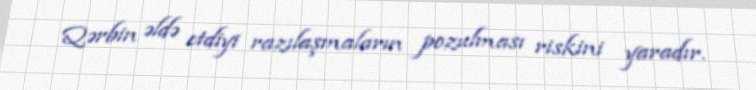
Qərbin əldə etdiyi razılaşmaların pozulması riskini yaradır.